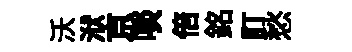
沃洑京啖倍銘訂愁